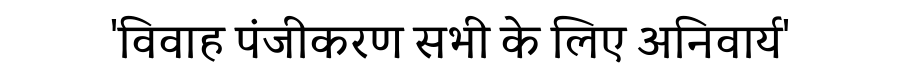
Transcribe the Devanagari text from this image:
'विवाह पंजीकरण सभी के लिए अनिवार्य'